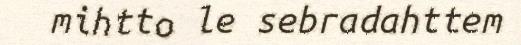
mihtto le sebradahttem